Lunatic asylums Madras 1892-1911 - 1892-1911
Year: 1892
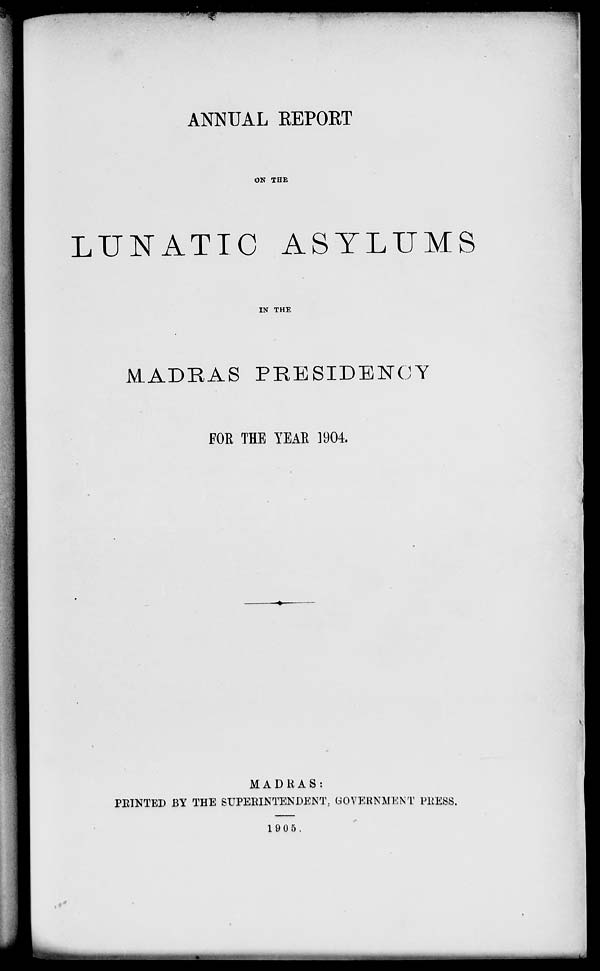
ANNUAL EEPORT
ON THE
LUNATIC ASYLUMS
IN THE
MADRAS PRESIDENCY
FOE THE YEAR 1904.
MADRAS:
PRINTED BY THE SUPERINTENDENT, GOVERNMENT PRESS.
19 0 5.
,•*
fl!K ,.